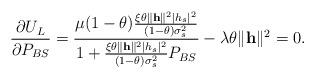
LaTeX: \begin{align*}\frac{\partial U_{L}}{\partial P_{BS}} = \frac{\mu (1 - \theta) \frac{\xi \theta \|\mathbf{h}\|^{2} |h_{s}|^{2}}{(1-\theta)\sigma_{s}^{2}} }{1 + \frac{\xi \theta \|\mathbf{h}\|^{2} |h_{s}|^{2}}{(1-\theta)\sigma_{s}^{2}} P_{BS}} - \lambda \theta \|\mathbf{h}\|^{2} = 0.\end{align*}